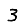
Digit: 3